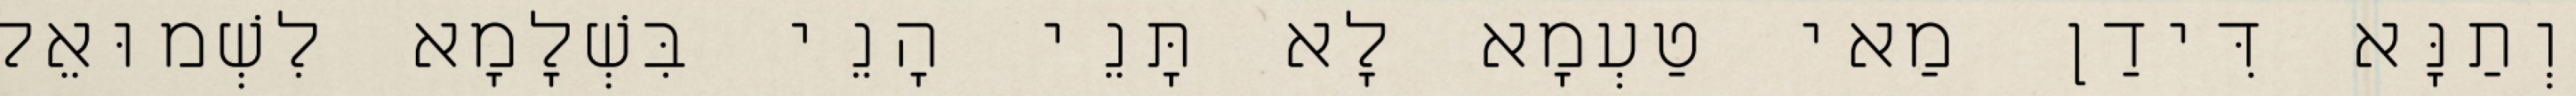
וְתַנָּא דִּידַן מַאי טַעְמָא לָא תָּנֵי הָנֵי בִּשְׁלָמָא לִשְׁמוּאֵל